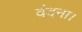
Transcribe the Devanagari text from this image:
वंदना।